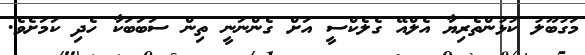
މަގުބޫލު ކުޅުންތެރިޔާ އެލްއޭ ގެލެކްސީ އަށް ގެންނަނީ ތިން ސަބަބަކާ ހެދި ކަމަށެވެ.